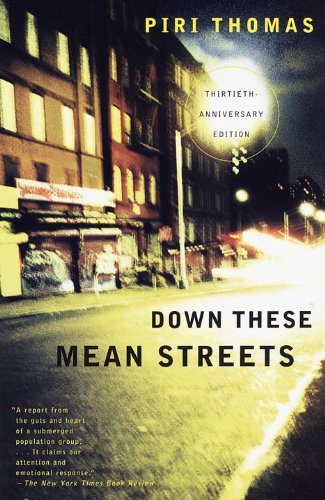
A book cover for Down These Mean Streets; Piri Thomas; Literature & Fiction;